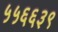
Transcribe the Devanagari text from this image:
५५६६३९